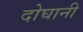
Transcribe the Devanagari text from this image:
दोघानी